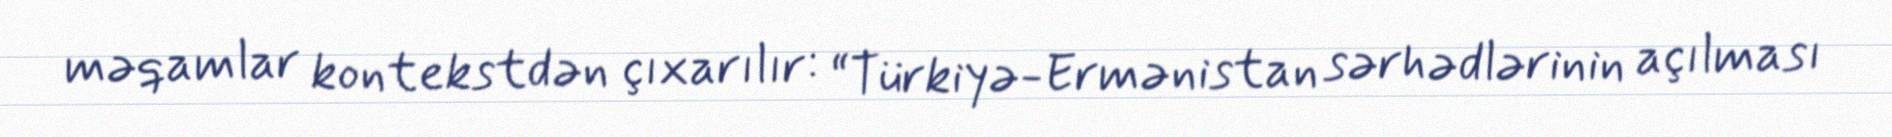
məqamlar kontekstdən çıxarılır: “Türkiyə-Ermənistan sərhədlərinin açılması